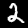
Digit: 2